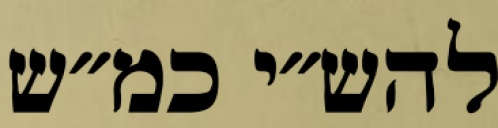
להש״י כמ״ש